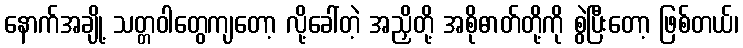
နောက်အချို့ သတ္တဝါတွေကျတော့ လို့ခေါ်တဲ့ အညှိတို့ အစိုဓာတ်တို့ကို စွဲပြီးတော့ ဖြစ်တယ်၊